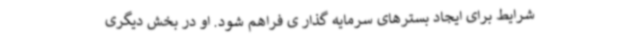
شرایط برای ایجاد بسترهای سرمایه گذار ی فراهم شود. او در بخش دیگری